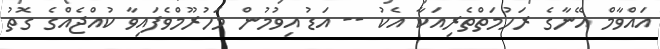
އައްވާމް އޭނާގެ ރަހުމަތްތެރިއަކާ އެކު -- އަޑު އިވުމުން މަހުރޫމްވެފައިވާ ކުއްޖެއްގެ ގޮތު